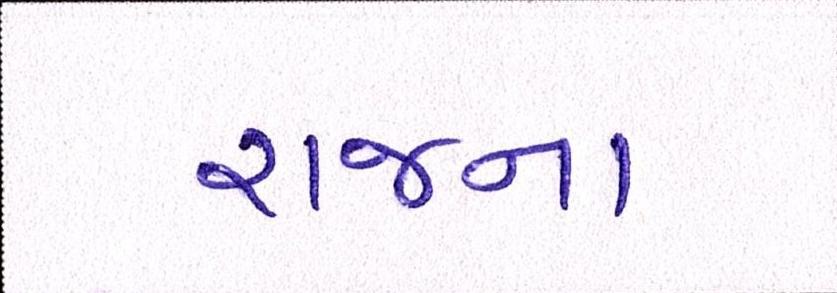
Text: રાજના